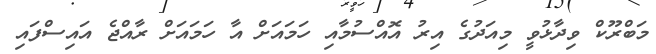
މަބްރޫކް ވިދާޅުވީ މިއަދުގެ އިރު އޮއްސުމާއި ހަމައަށް އާ ހަމައަށް ރާއްޖެ އައިސްފައި